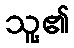
သူ့၏